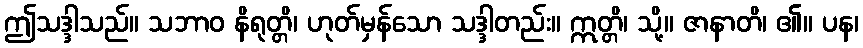
ဤသဒ္ဒါသည်။ သဘာဝ နိရုတ္တိ၊ ဟုတ်မှန်သော သဒ္ဒါတည်း။ ဣတ္တိ၊ သို့။ ဇာနာတိ၊ ၏။ ပန၊